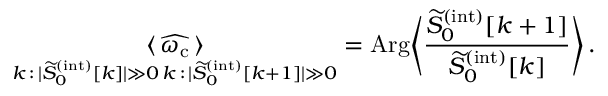
\underset { \substack { k \, : \, | \widetilde { S } _ { 0 } ^ { ( \mathrm { i n t } ) } [ k ] | \gg 0 \, k \, : \, | \widetilde { S } _ { 0 } ^ { ( \mathrm { i n t } ) } [ k + 1 ] | \gg 0 } } { \langle \, \widehat { \omega _ { \mathrm { c } } } \, \rangle } = \mathrm { A r g } \Bigg \langle \frac { \widetilde { S } _ { 0 } ^ { ( \mathrm { i n t } ) } [ k + 1 ] } { \widetilde { S } _ { 0 } ^ { ( \mathrm { i n t } ) } [ k ] } \Bigg \rangle \, .